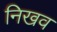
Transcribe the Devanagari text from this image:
निखव